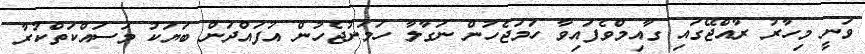
ވަނީ މިހާރު ރާއްޖޭގައި ގާއިމްވެފައިވާ ހަމަޖެހުން ނަގާލާ ހަމަނުޖެހުން އުފައްދަން ބަޔަކު މަސައްކަތްކުރާ